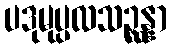
ပဒုမုပ္ပလသဉ္ဆန္နာ